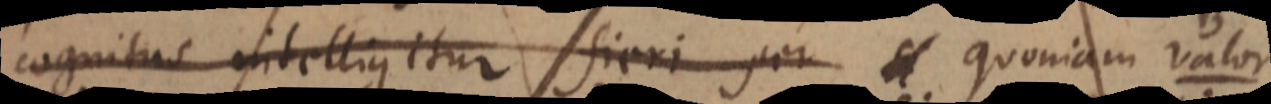
cognitus intelligitur fieri per quoniam valor